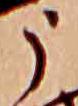
う